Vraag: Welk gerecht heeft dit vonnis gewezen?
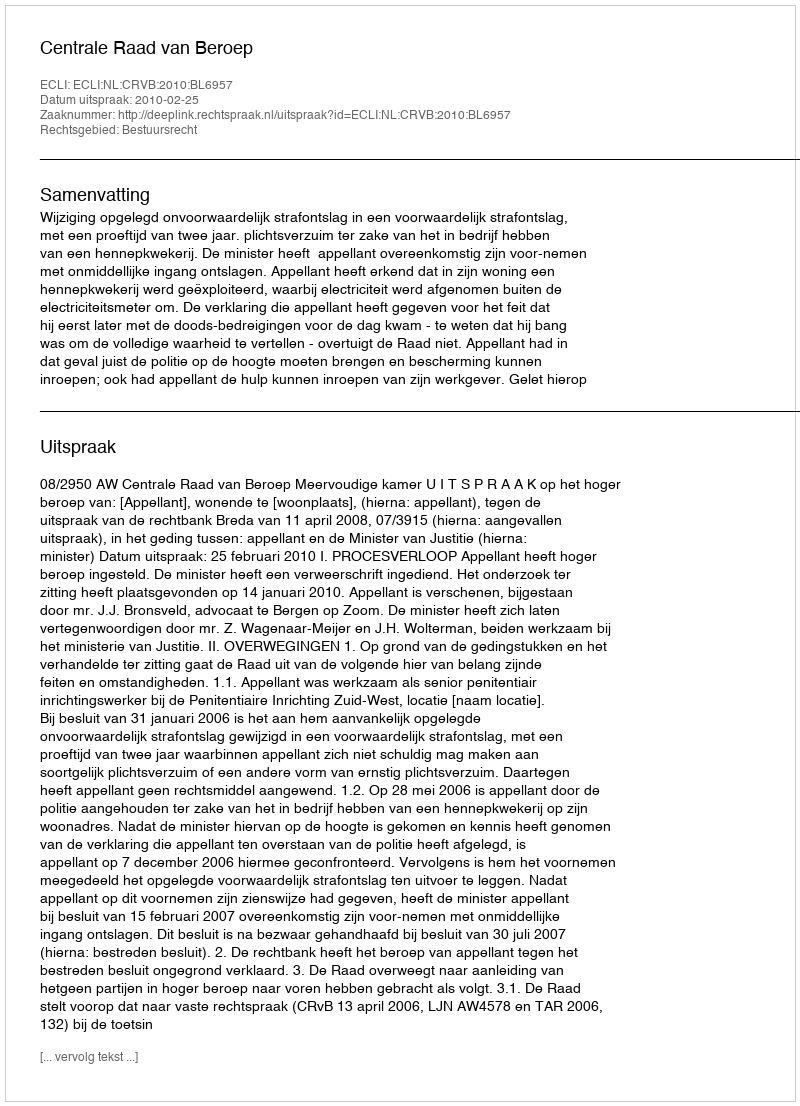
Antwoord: Centrale Raad van Beroep